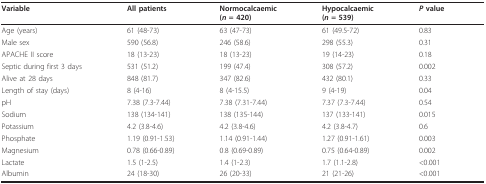
<table><thead><tr><td><b>Variable</b></td><td><b>All patients</b></td><td><b>Normocalcaemic(<i>n </i>= 420)</b></td><td><b>Hypocalcaemic(<i>n </i>= 539)</b></td><td><b><i>P </i>value</b></td></tr></thead><tbody><tr><td>Age (years)</td><td>61 (48-73)</td><td>63 (47-73)</td><td>61 (49.5-72)</td><td>0.83</td></tr><tr><td>Male sex</td><td>590 (56.8)</td><td>246 (58.6)</td><td>298 (55.3)</td><td>0.31</td></tr><tr><td>APACHE II score</td><td>18 (13-23)</td><td>18 (13-23)</td><td>19 (14-23)</td><td>0.18</td></tr><tr><td>Septic during first 3 days</td><td>531 (51.2)</td><td>199 (47.4)</td><td>308 (57.2)</td><td>0.002</td></tr><tr><td>Alive at 28 days</td><td>848 (81.7)</td><td>347 (82.6)</td><td>432 (80.1)</td><td>0.33</td></tr><tr><td>Length of stay (days)</td><td>8 (4-16)</td><td>8 (4-15.5)</td><td>9 (4-19)</td><td>0.04</td></tr><tr><td>pH</td><td>7.38 (7.3-7.44)</td><td>7.38 (7.31-7.44)</td><td>7.37 (7.3-7.44)</td><td>0.54</td></tr><tr><td>Sodium</td><td>138 (134-141)</td><td>138 (135-144)</td><td>137 (133-141)</td><td>0.015</td></tr><tr><td>Potassium</td><td>4.2 (3.8-4.6)</td><td>4.2 (3.8-4.6)</td><td>4.2 (3.8-4.7)</td><td>0.6</td></tr><tr><td>Phosphate</td><td>1.19 (0.91-1.53)</td><td>1.14 (0.91-1.44)</td><td>1.27 (0.91-1.61)</td><td>0.003</td></tr><tr><td>Magnesium</td><td>0.78 (0.66-0.89)</td><td>0.8 (0.69-0.89)</td><td>0.75 (0.64-0.89)</td><td>0.002</td></tr><tr><td>Lactate</td><td>1.5 (1-2.5)</td><td>1.4 (1-2.3)</td><td>1.7 (1.1-2.8)</td><td>&lt;0.001</td></tr><tr><td>Albumin</td><td>24 (18-30)</td><td>26 (20-33)</td><td>21 (21-26)</td><td>&lt;0.001</td></tr></tbody></table>